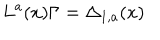
L ^ { a } ( x ) \Gamma = \Delta _ { 1 , a } ( x )